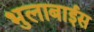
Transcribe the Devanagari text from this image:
भुलाबाईस